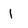
Character: l